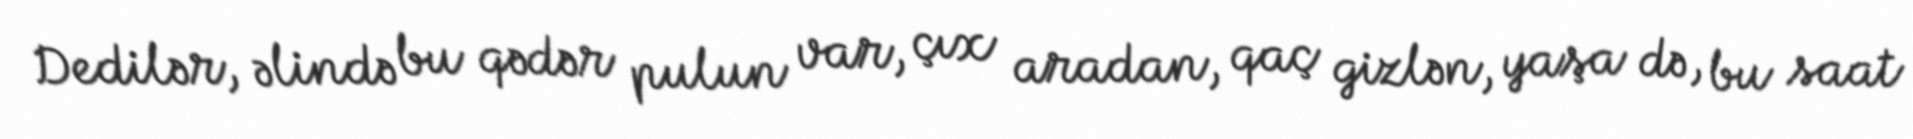
Dedilər, əlində bu qədər pulun var, çıx aradan, qaç gizlən, yaşa də, bu saat